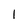
Character: 1